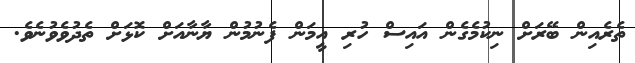
ތެރެއިން ބޭރަށް ނިކުމެގެން އައިސް ހުރި އީމަން ފެނުމުން ޔާނާއަށް ކޮޅަށް ތެދުވެވުނެވެ.